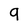
Character: 9